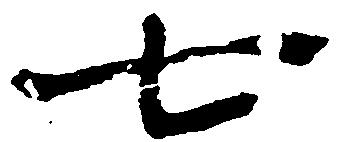
七